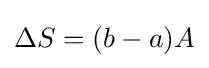
\Delta S=(b-a)A